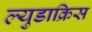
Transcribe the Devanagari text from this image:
ल्युडाक्रिस